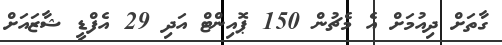
ގާތަށް ދިއުމަށް އެ މެޗުން 150 ޕޮއިންޓް އަދި 29 އެފްޑީ ޝާޒައަށް